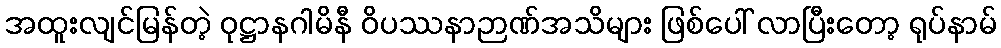
အထူးလျင်မြန်တဲ့ ဝုဋ္ဌာနဂါမိနီ ဝိပဿနာဉာဏ်အသိများ ဖြစ်ပေါ် လာပြီးတော့ ရုပ်နာမ်